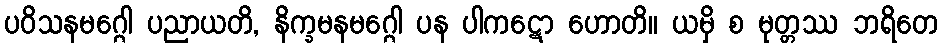
ပဝိသနမဂ္ဂေါ ပညာယတိ, နိက္ခမနမဂ္ဂေါ ပန ပါကဋော ဟောတိ။ ယမှိ စ မုတ္တဿ ဘရိတေ